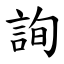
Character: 詢